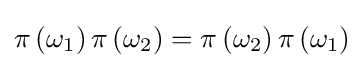
\pi \left(\omega _{1}\right)\pi \left(\omega _{2}\right)=\pi \left(\omega _{2}\right)\pi \left(\omega _{1}\right)